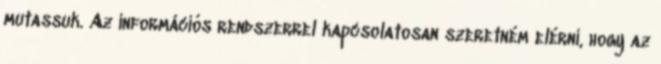
mutassuk. Az információs rendszerrel kapcsolatosan szeretném elérni, hogy az